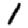
Digit: 1